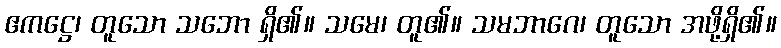
ဧကဋ္ဌေ၊ တူသော သဘော ရှိ၏။ သမေ၊ တူ၏။ သမဘာဂေ၊ တူသော အဖို့ရှိ၏။